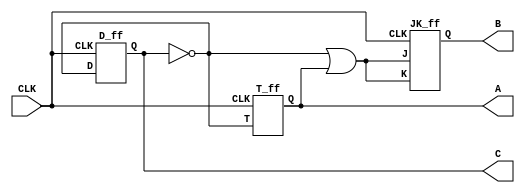
module counter_3bit (C,B,A,CLK);
output C,B,A;
input CLK;

wire WC,WB,WA;


assign WC = ~C;
assign WB = (~C|A);
assign WA = ~C;

D_ff ff1 (WC,CLK,C);
JK_ff ff2 (WB,WB,CLK,B);
T_ff ff3 (WA,CLK,A);

endmodule


module D_ff(D,CLK,Q);
 input D,CLK;
 output Q;
 reg Q;

 always@(posedge CLK)
   Q<=D;
endmodule


module T_ff (T,CLK,Q);
input T,CLK;
output Q;
reg Q;

always@(posedge CLK)
 if(T==1'b0)
  Q=Q;
 else
  Q=~Q;

endmodule


module JK_ff (J,K,CLK,Q);
input J,K,CLK;
output Q;
reg Q;

always@(posedge CLK)
 case({J,K})
  2'b00: Q<=Q;
  2'b01: Q<=1'b0;
  2'b10: Q<=1'b1;
  2'b11: Q<=~Q;
 endcase
endmodule